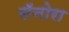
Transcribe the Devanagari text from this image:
सॅनोरा